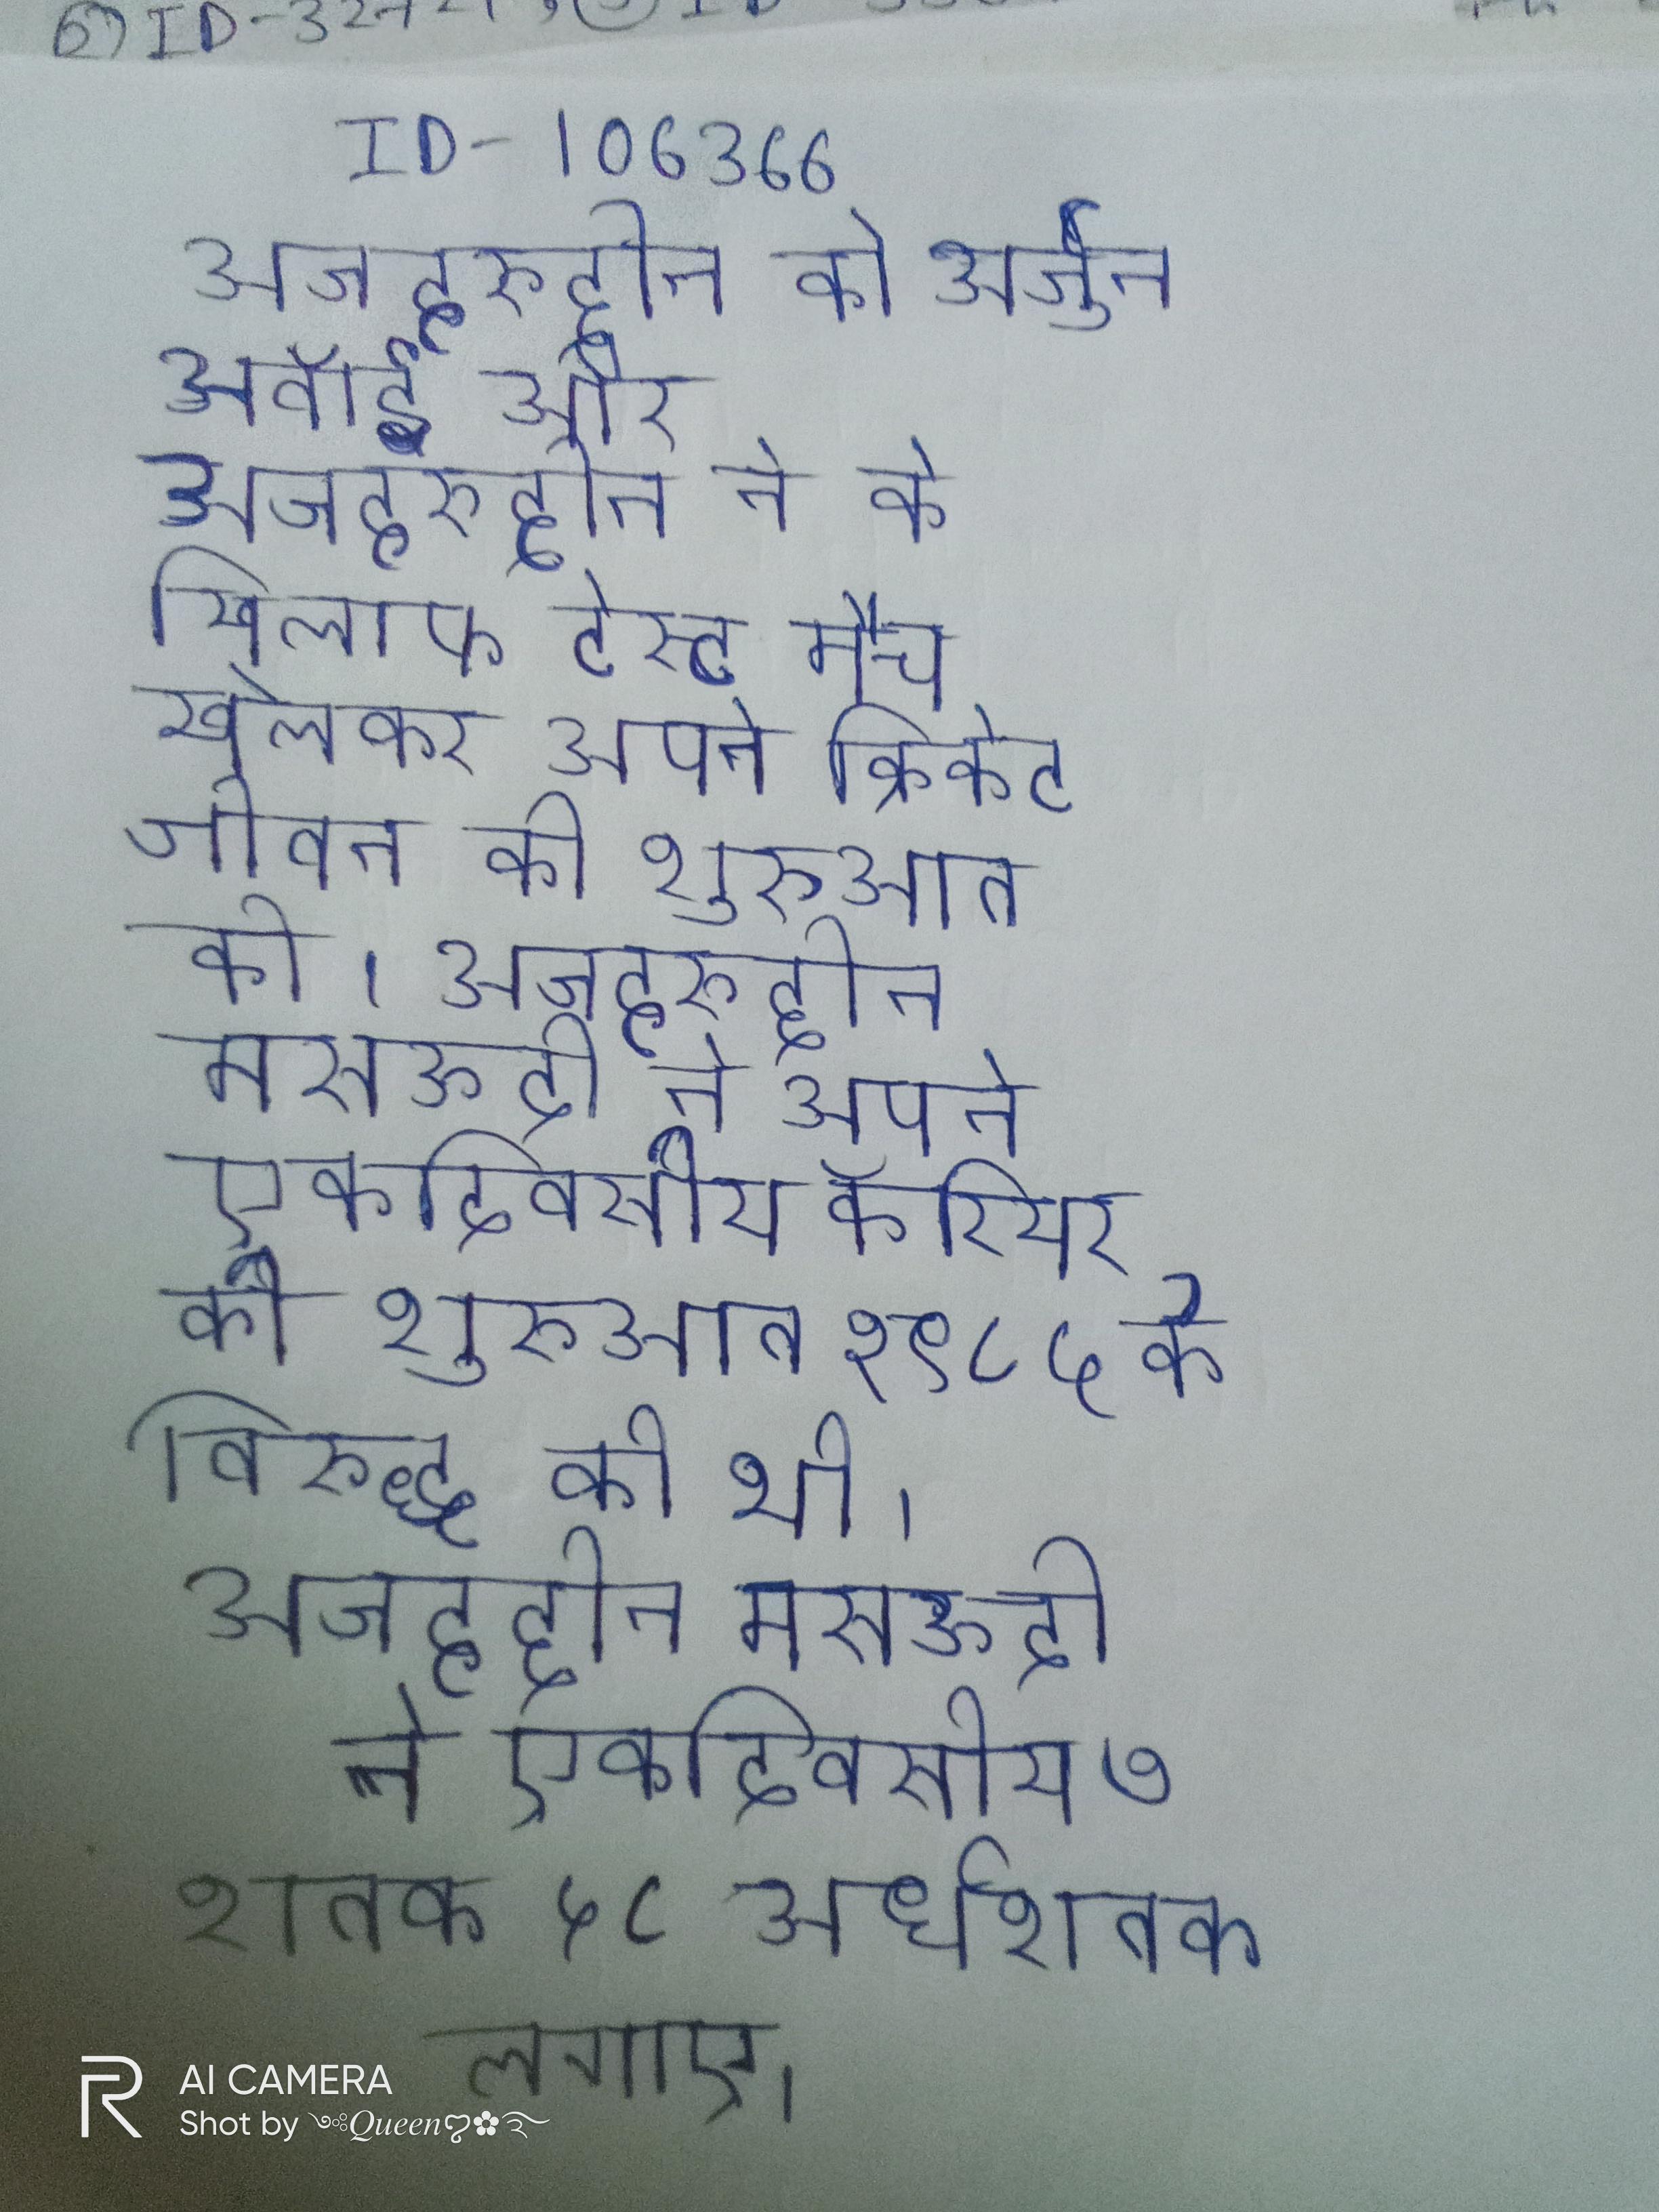
अजहरुद्दीन को अर्जुन अवॉर्ड और अजहरुद्दीन ने के खिलाफ टेस्ट मैच खेलकर अपने क्रिकेट जीवन की शुरुआत की । अजहरुद्दीन मसऊदी ने अपने एकदिवसीय कॅरियर की शुरुआत १९८५ के विरुद्ध की थी । अजहरुद्दीन मसऊदी ने एकदिवसीय ७ शतक ५८ अर्धशतक लगाए ।